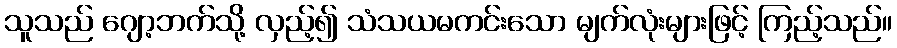
သူသည် ဂျော့ဘက်သို့ လှည့်၍ သံသယမကင်းသော မျက်လုံးများဖြင့် ကြည့်သည်။